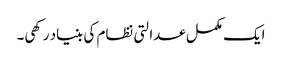
ایک مکمل عدالتی نظام کی بنیاد رکھی۔